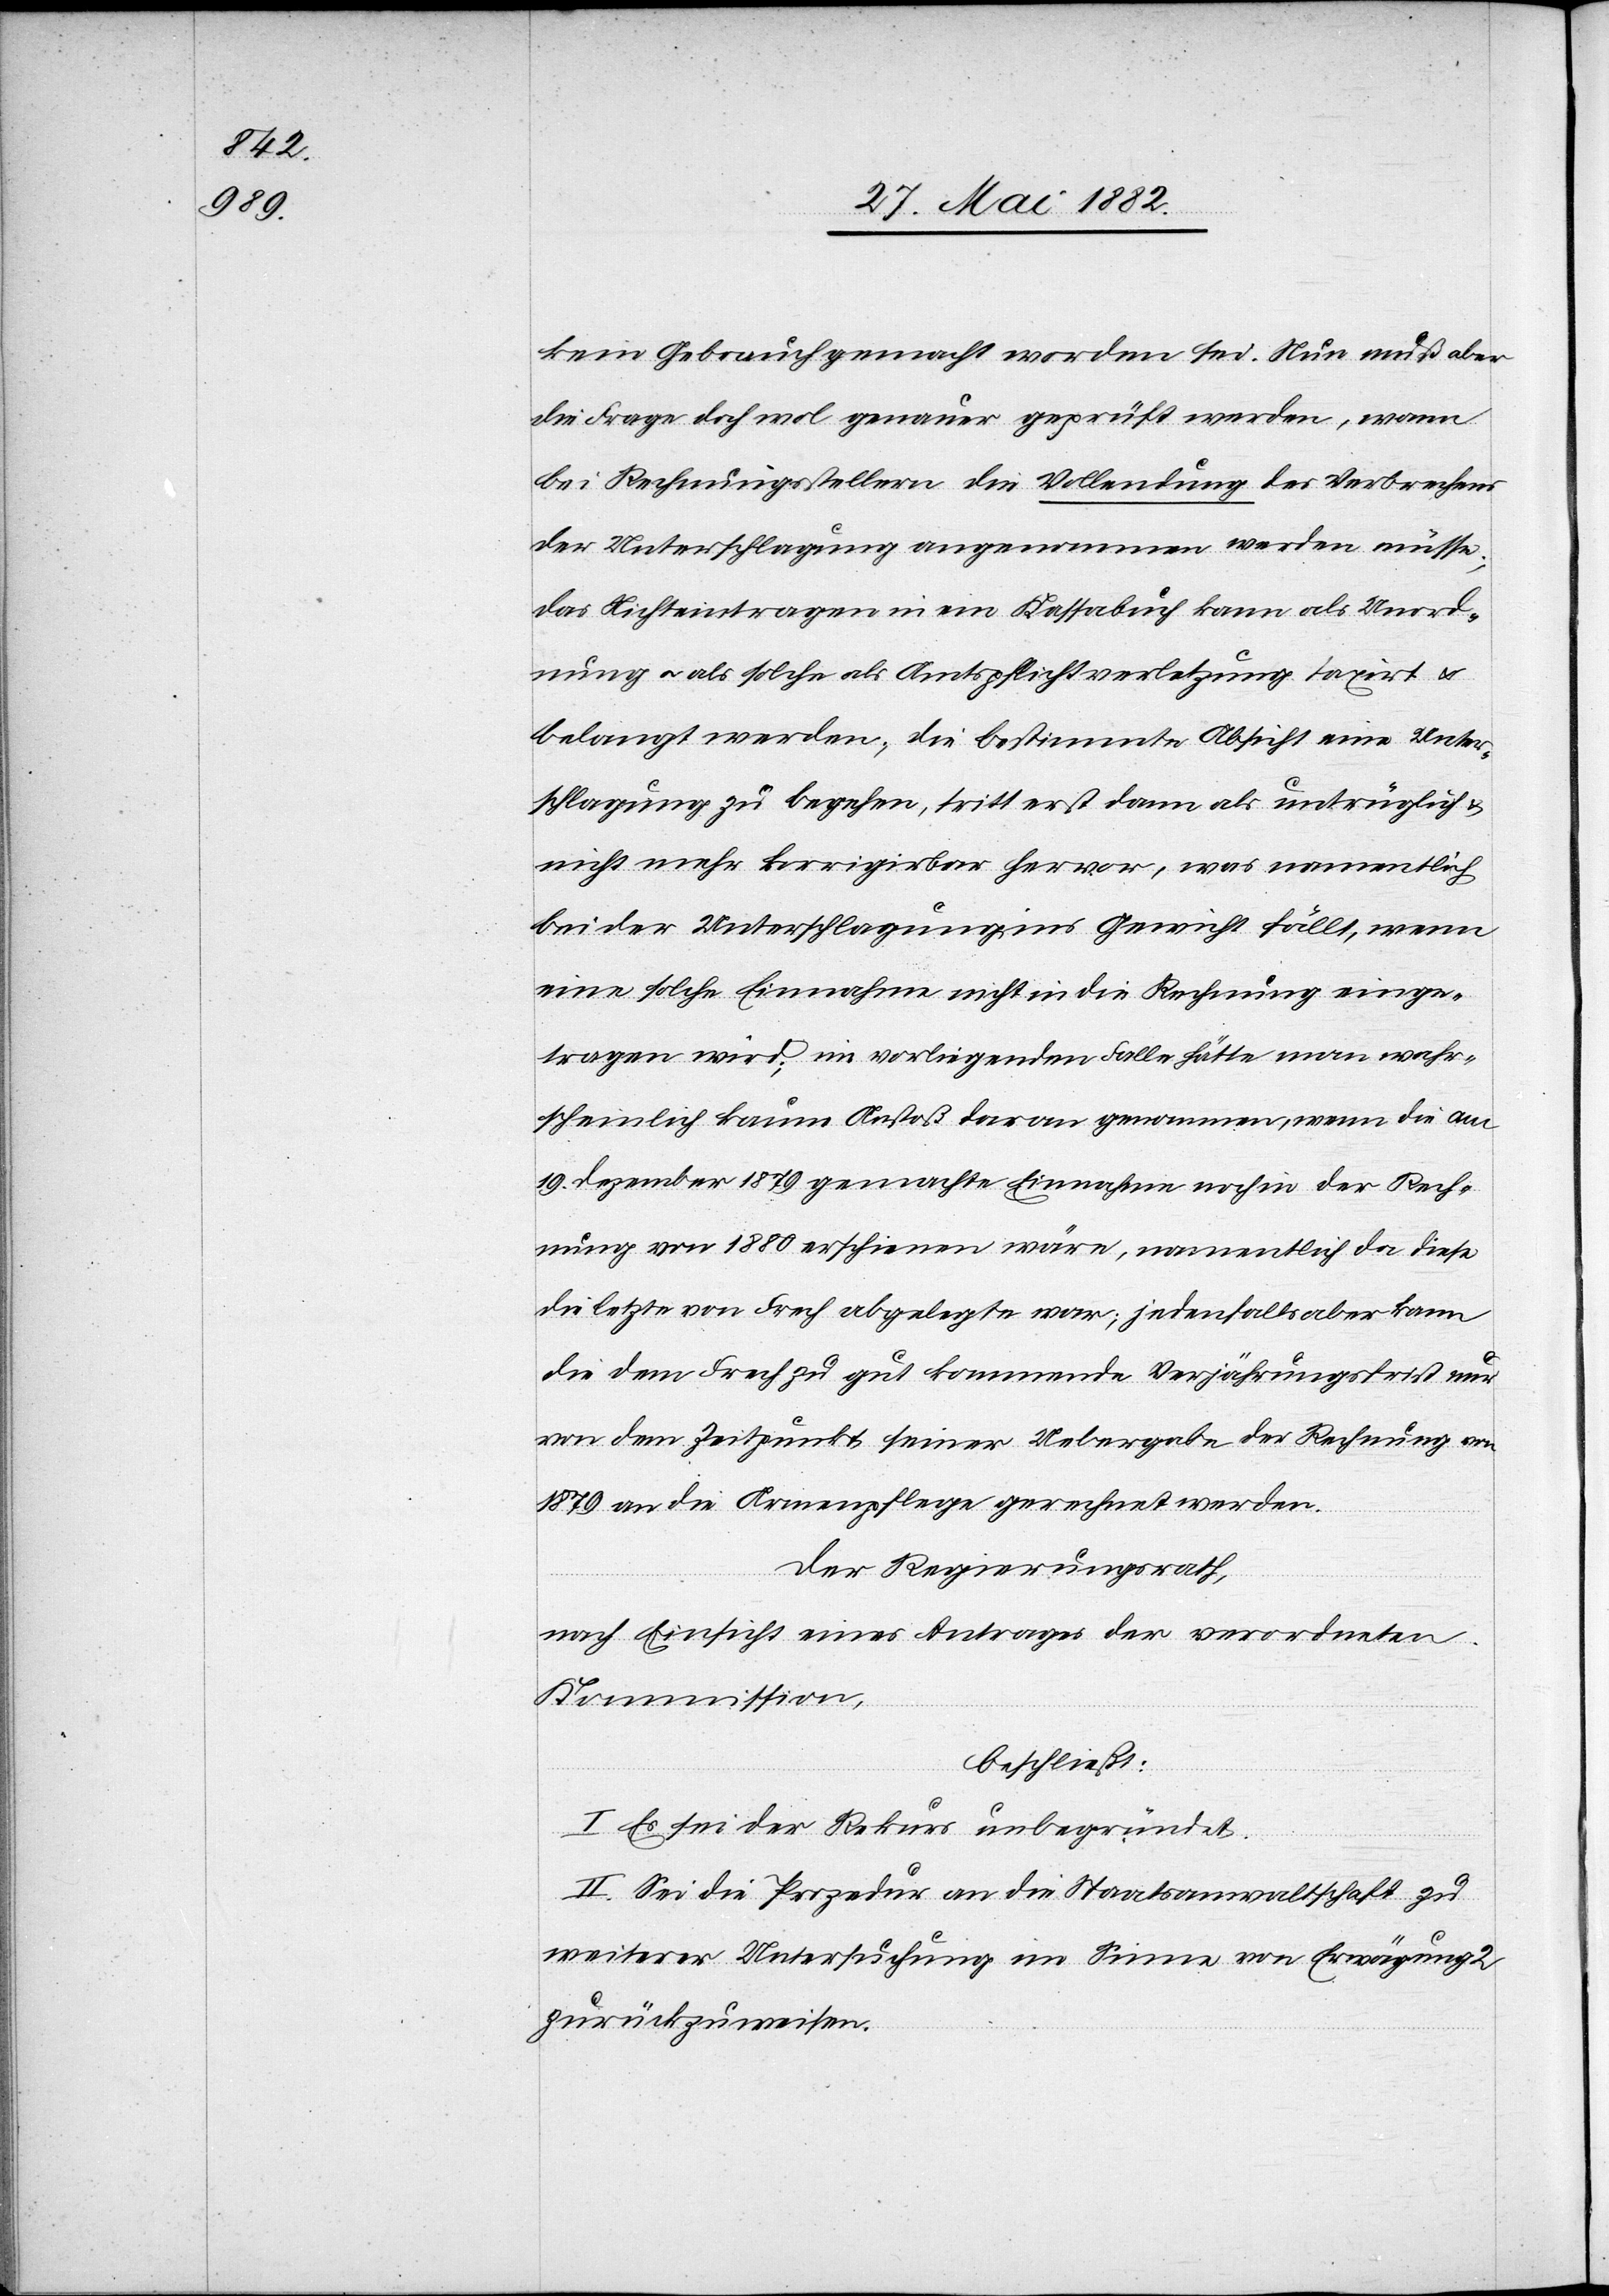
kein Gebrauch gemacht worden sei. Nun muß aber
die Frage doch wol genauer geprüft werden, wann
bei Rechnungsstellern die Vollendung des Verbrechens
der Unterschlagung angenommen werden müsse;
das Nichteintragen in ein Kassabuch kann als Unord¬
nung u. als solche als Amtspflichtverletzung taxirt u.
belangt werden; die bestimmte Absicht eine Unter¬
schlagung zu begehen, tritt erst dann als untrüglich
nicht mehr korrigirbar hervor, was namentlich
bei der Unterschlagung ins Gewicht fällt, wenn
eine solche Einnahme nicht in die Rechnung einge¬
tragen wird; im vorliegenden Fall hätte man wahr¬
scheinlich kaum Anstoß daran genommen, wenn die am
19. Dezember 1879 gemachte Einnahme noch in der Rech¬
nung von 1880 erschienen währe, namentlich da diese
die letzte von Frech abgelegte war; jedenfalls aber kann
die dem Frech zu gut kommende Verjährungsfrist nur
von dem Zeitpunkte seiner Uebergabe der Rechnung von
1879 an die Armenpflege gerechnet werden.
Der Regierungsrath,
nach Einsicht eines Antrages der verordneten
Kommission,
beschließt:
I. Es sei der Rekurs unbegründet.
II. Sei die Prozedur an die Staatsanwaltschaft zu
weiterer Untersuchung im Sinne von Erwägung 2
zurückzuweisen.